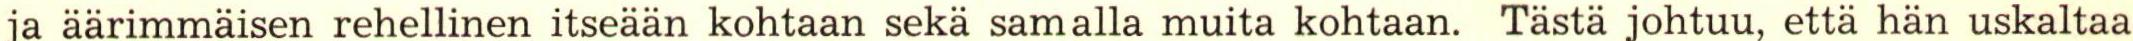
ja äärimmäisen rehellinen itseään kohtaan sekä samalla muita kohtaan. Tästä johtuu, että hän uskaltaa